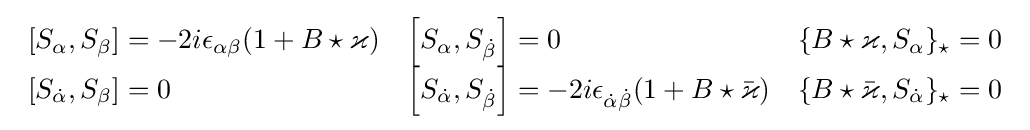
{\begin{array}{lll}\left[S_{\alpha },S_{\beta }\right]=-2i\epsilon _{\alpha \beta }(1+B\star \varkappa )&\left[S_{\alpha },S_{\dot {\beta }}\right]=0&\{B\star \varkappa ,S_{\alpha }\}_{\star }=0\\\left[S_{\dot {\alpha }},S_{\beta }\right]=0&\left[S_{\dot {\alpha }},S_{\dot {\beta }}\right]=-2i\epsilon _{{\dot {\alpha }}{\dot {\beta }}}(1+B\star {\bar {\varkappa }})&\{B\star {\bar {\varkappa }},S_{\dot {\alpha }}\}_{\star }=0\end{array}}